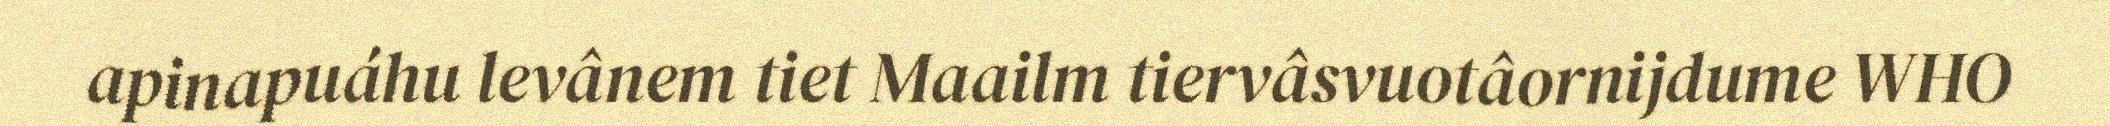
apinapuáhu levânem tiet Maailm tiervâsvuotâornijdume WHO